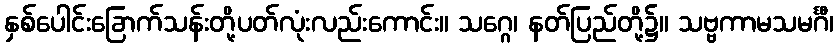
နှစ်ပေါင်းခြောက်သန်းတို့ပတ်လုံးလည်းကောင်း။ သဂ္ဂေ၊ နတ်ပြည်တို့၌။ သဗ္ဗကာမသမင်္ဂီ၊